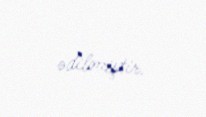
ədilmiştir.